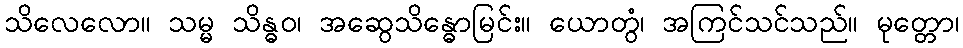
သိလေလော။ သမ္မ သိန္ဓဝ၊ အဆွေသိန္ဓောမြင်း။ ယောတွံ၊ အကြင်သင်သည်။ မုတ္တော၊